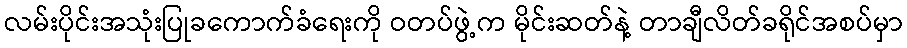
လမ်းပိုင်းအသုံးပြုခကောက်ခံရေးကို ဝတပ်ဖွဲ့က မိုင်းဆတ်နဲ့ တာချီလိတ်ခရိုင်အစပ်မှာ